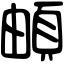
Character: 頔